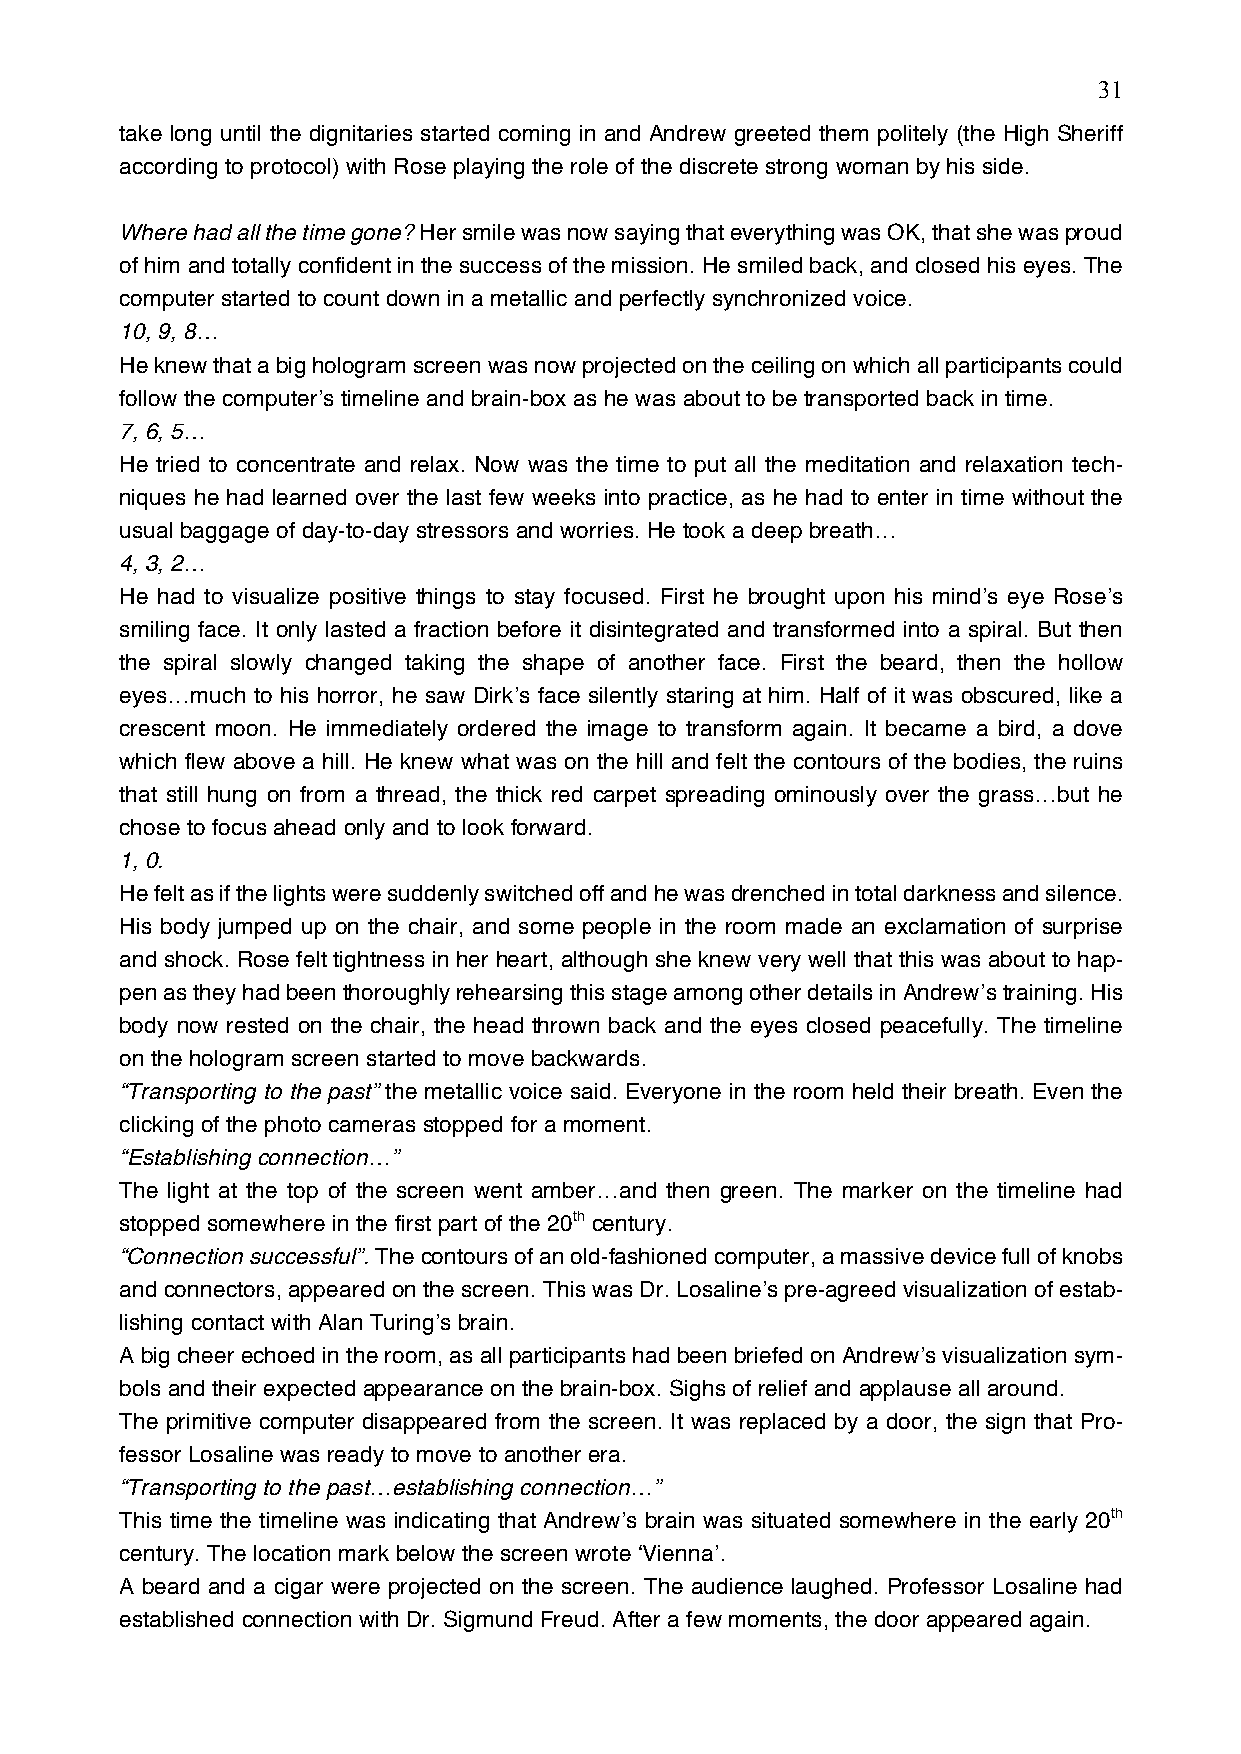
31
 take long until the dignitaries started coming in and Andrew greeted them politely (the High Sheriff
 according to protocol) with Rose playing the role of the discrete strong woman by his side.
 Where had all the time gone? Her smile was now saying that everything was OK, that she was proud
 of him and totally confident in the success of the mission. He smiled back, and closed his eyes. The
 computer started to count down in a metallic and perfectly synchronized voice.
 10, 9, 8…
 He knew that a big hologram screen was now projected on the ceiling on which all participants could
 follow the computer’s timeline and brain-box as he was about to be transported back in time.
 7, 6, 5…
 He tried to concentrate and relax. Now was the time to put all the meditation and relaxation tech-
 niques he had learned over the last few weeks into practice, as he had to enter in time without the
 usual baggage of day-to-day stressors and worries. He took a deep breath…
 4, 3, 2…
 He had to visualize positive things to stay focused. First he brought upon his mind’s eye Rose’s
 smiling face. It only lasted a fraction before it disintegrated and transformed into a spiral. But then
 the spiral slowly changed taking the shape of another face. First the beard, then the hollow
 eyes…much to his horror, he saw Dirk’s face silently staring at him. Half of it was obscured, like a
 crescent moon. He immediately ordered the image to transform again. It became a bird, a dove
 which flew above a hill. He knew what was on the hill and felt the contours of the bodies, the ruins
 that still hung on from a thread, the thick red carpet spreading ominously over the grass…but he
 chose to focus ahead only and to look forward.
 1, 0.
 He felt as if the lights were suddenly switched off and he was drenched in total darkness and silence.
 His body jumped up on the chair, and some people in the room made an exclamation of surprise
 and shock. Rose felt tightness in her heart, although she knew very well that this was about to hap-
 pen as they had been thoroughly rehearsing this stage among other details in Andrew’s training. His
 body now rested on the chair, the head thrown back and the eyes closed peacefully. The timeline
 on the hologram screen started to move backwards.
 “Transporting to the past” the metallic voice said. Everyone in the room held their breath. Even the
 clicking of the photo cameras stopped for a moment.
 “Establishing connection…”
 The light at the top of the screen went amber…and then green. The marker on the timeline had
 stopped somewhere in the first part of the 20th century.
 “Connection successful”. The contours of an old-fashioned computer, a massive device full of knobs
 and connectors, appeared on the screen. This was Dr. Losaline’s pre-agreed visualization of estab-
 lishing contact with Alan Turing’s brain.
 A big cheer echoed in the room, as all participants had been briefed on Andrew’s visualization sym-
 bols and their expected appearance on the brain-box. Sighs of relief and applause all around.
 The primitive computer disappeared from the screen. It was replaced by a door, the sign that Pro-
 fessor Losaline was ready to move to another era.
 “Transporting to the past…establishing connection…”
 This time the timeline was indicating that Andrew’s brain was situated somewhere in the early 20th
 century. The location mark below the screen wrote ‘Vienna’.
 A beard and a cigar were projected on the screen. The audience laughed. Professor Losaline had
 established connection with Dr. Sigmund Freud. After a few moments, the door appeared again.